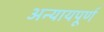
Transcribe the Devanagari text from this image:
अन्‍यायपूर्ण